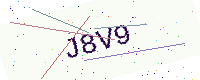
Text: J8V9